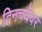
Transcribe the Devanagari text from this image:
दिनचर्येवर